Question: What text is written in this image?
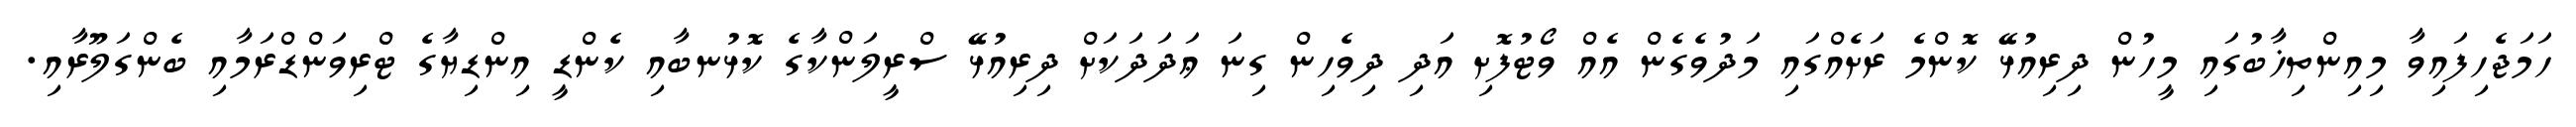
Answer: ހަމަޖެހިފައިވާ މިއިންތިޚާބުގައި މީހުން ދިރިއުޅޭ ކޮންމެ ރަށެއްގައި މަދުވެގެން އެއް ވޯޓުފޮށި އަދި ދިވެހިން ގިނަ ޢަދަދަކަށް ދިރިއުޅޭ ސްރީލަންކާގެ ކޮޅުނބާއި ކެންޑީ އިންޑިޔާގެ ޓްރިވަންޑްރަމާއި ބެންގަލޫރާއި.